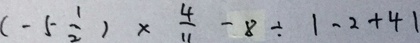
( - 5 \frac { 1 } { 2 } ) \times \frac { 4 } { 1 1 } - 8 \div 1 - 2 + 4 1